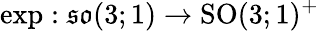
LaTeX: \exp:{\mathfrak{so}}(3;1)\to{\mathrm{SO}}(3;1)^{+}